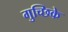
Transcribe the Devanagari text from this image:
गुच्छिके